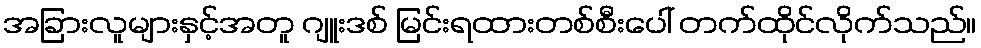
အခြားလူများနှင့်အတူ ဂျူးဒစ် မြင်းရထားတစ်စီးပေါ် တက်ထိုင်လိုက်သည်။